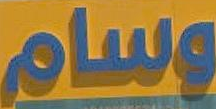
وسام